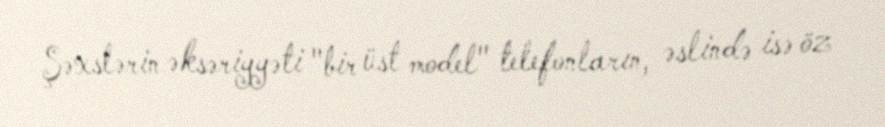
Şəxslərin əksəriyyəti "bir üst model" telefonların, əslində isə öz